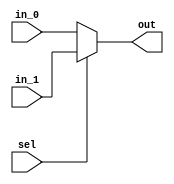
module mux2to1 #(parameter w = 1)(
  input [w-1:0]in_0,
  input [w-1:0]in_1,
  input sel,
  output [w-1:0]out
);
  
  assign out = sel ? in_1 : in_0;
  
endmodule